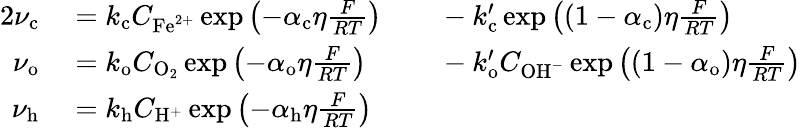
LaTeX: \begin{array}{rlrl}{{2}\nu_{\mathrm{c}}}&{{}=k_{\mathrm{c}}C_{\mathrm{Fe}^{2+}}\exp\left(-\alpha_{\mathrm{c}}\eta\frac{F}{RT}\right)}&{}&{{}-k_{\mathrm{c}}^{\prime}\exp\left((1-\alpha_{\mathrm{c}})\eta\frac{F}{RT}\right)}\\ {\nu_{\mathrm{o}}}&{{}=k_{\mathrm{o}}C_{\mathrm{O}_{2}}\exp\left(-\alpha_{\mathrm{o}}\eta\frac{F}{RT}\right)}&{}&{{}-k_{\mathrm{o}}^{\prime}C_{\mathrm{OH}^{-}}\exp\left((1-\alpha_{\mathrm{o}})\eta\frac{F}{RT}\right)}\\ {\nu_{\mathrm{h}}}&{{}=k_{\mathrm{h}}C_{\mathrm{H}^{+}}\exp\left(-\alpha_{\mathrm{h}}\eta\frac{F}{RT}\right)}&{}&{{}}\end{array}